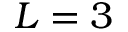
L = 3